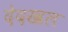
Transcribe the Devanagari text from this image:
देदखल